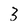
Character: 3